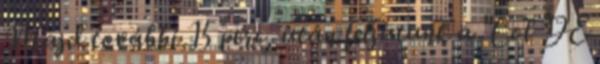
Majd további 15 perc, után feljutunk a "Col DE